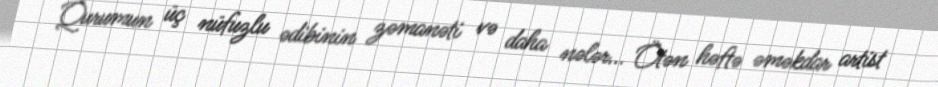
Qurumun üç nüfuzlu ədibinin zəmanəti və daha nələr... Ötən həftə əməkdar artist